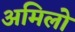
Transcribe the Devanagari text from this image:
अमिलो